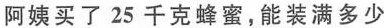
阿姨买了25千克蜂蜜，能装满多少